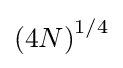
{\left(4N\right)}^{1/4}